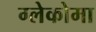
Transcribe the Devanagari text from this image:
ग्लेकोमा